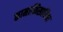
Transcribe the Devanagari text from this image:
कामाभिसारिका